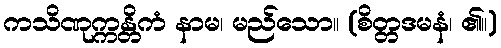
ကသိဏုက္ကန္တိကံ နာမ၊ မည်သော။ (စိတ္တဒမနံ၊ ၏။)